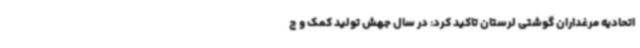
اتحادیه مرغداران گوشتی لرستان تاکید کرد: در سال جهش تولید کمک و چ